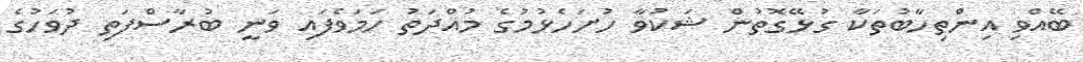
ބޭއްވި އިންތިހާބުތަކާ ގުޅޭގޮތުން ޝަކުވާ ހުށަހެޅުމުގެ މުއްދަތު ހަމަވެފައި ވަނީ ބުރާސްފަތި ދުވަހުގެ